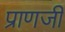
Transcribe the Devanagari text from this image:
प्राणजी